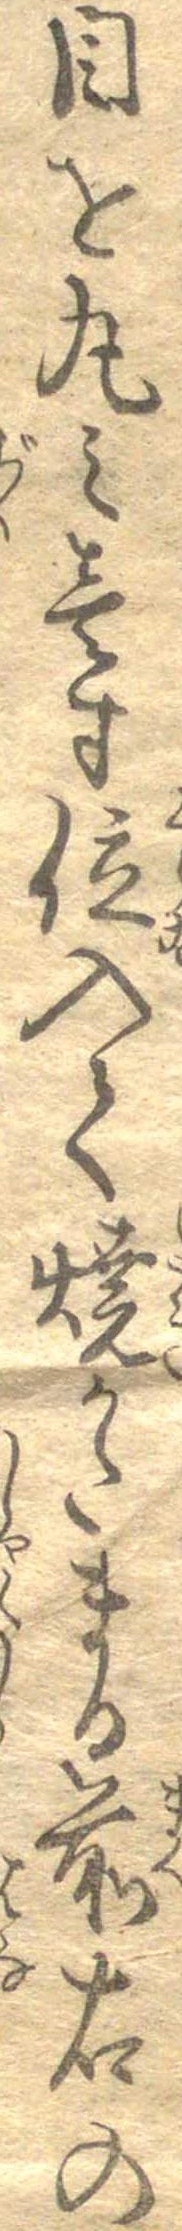
目を丸み壱寸位入て焼かたまる前右の